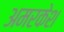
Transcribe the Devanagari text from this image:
अमरकेश